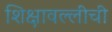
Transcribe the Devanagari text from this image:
शिक्षावल्लीची